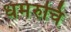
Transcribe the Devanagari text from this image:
धर्मरुचि